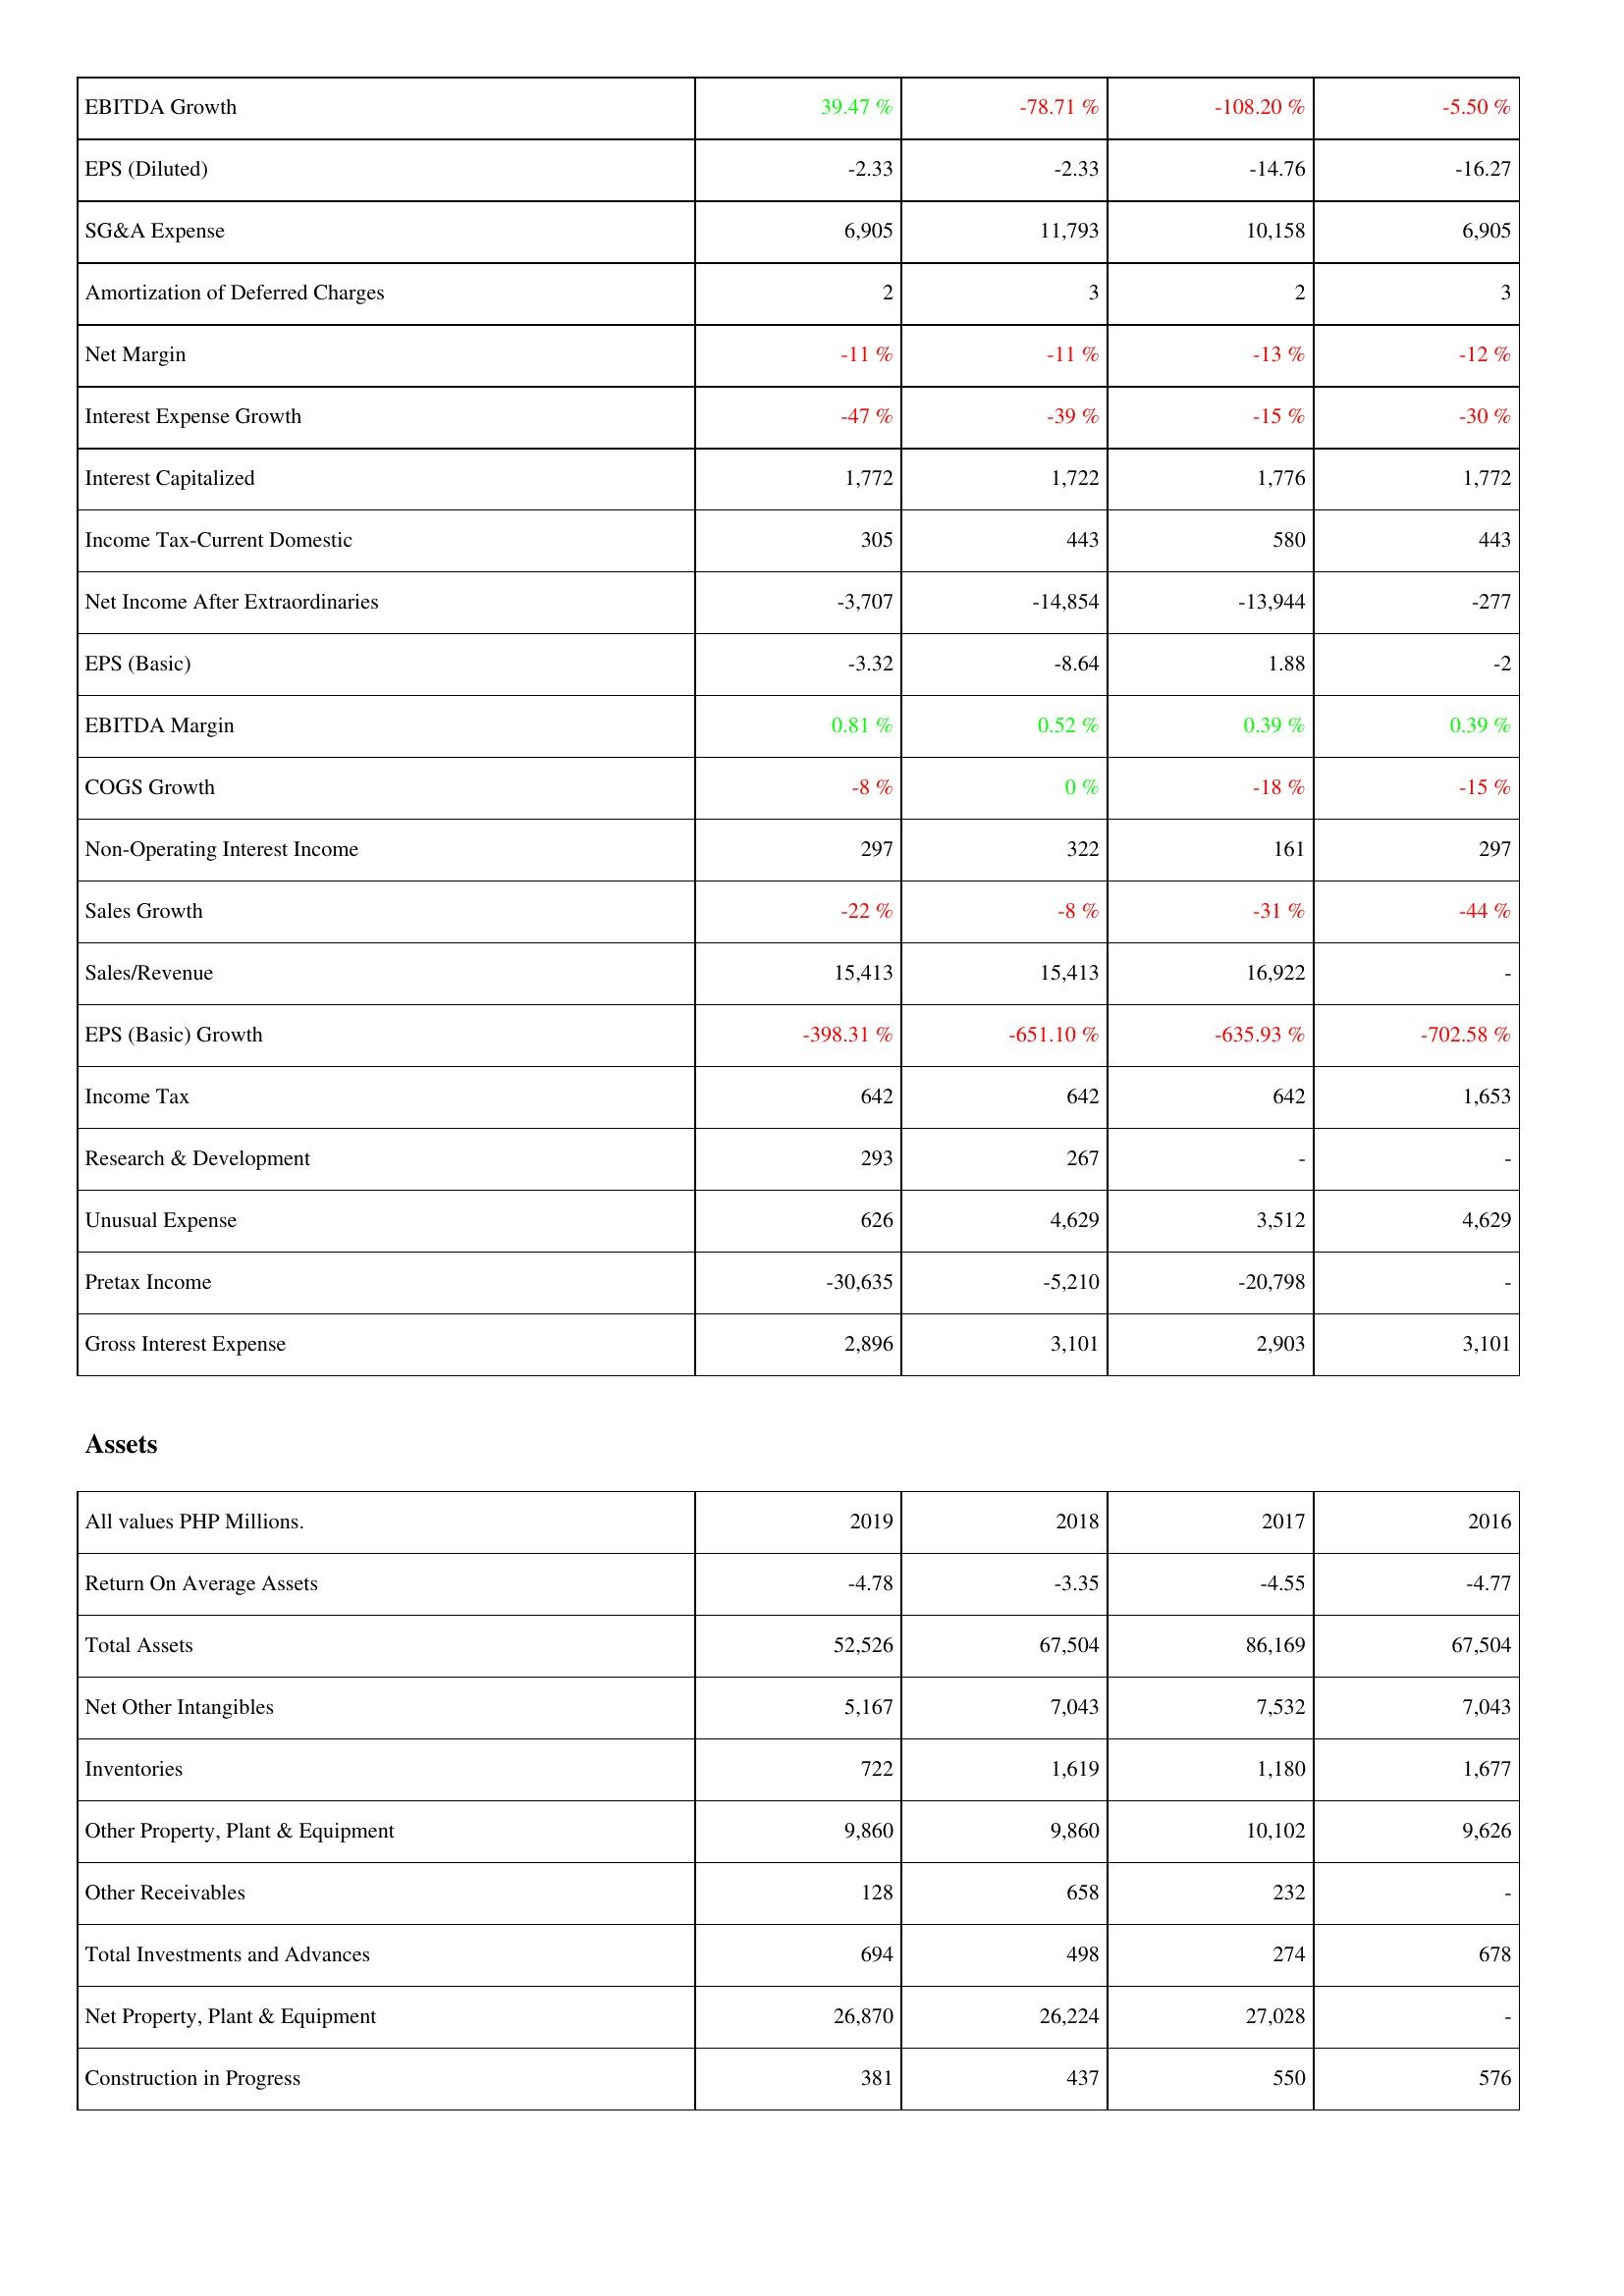
2019: Income Statement: EBITDA Growth: 39.47 %
EPS (Diluted): -2.33
SG&A Expense: 6,905
Amortization of Deferred Charges: 2
Net Margin: -11 %
Interest Expense Growth: -47 %
Interest Capitalized: 1,772
Income Tax-Current Domestic: 305
Net Income After Extraordinaries: -3,707
EPS (Basic): -3.32
EBITDA Margin: 0.81 %
COGS Growth: -8 %
Non-Operating Interest Income: 297
Sales Growth: -22 %
Sales/Revenue: 15,413
EPS (Basic) Growth: -398.31 %
Income Tax: 642
Research & Development: 293
Unusual Expense: 626
Pretax Income: -30,635
Gross Interest Expense: 2,896
Assets: Return On Average Assets: -4.78
Total Assets: 52,526
Net Other Intangibles: 5,167
Inventories: 722
Other Property, Plant & Equipment: 9,860
Other Receivables: 128
Total Investments and Advances: 694
Net Property, Plant & Equipment: 26,870
Construction in Progress: 381
2018: Income Statement: EBITDA Growth: -78.71 %
EPS (Diluted): -2.33
SG&A Expense: 11,793
Amortization of Deferred Charges: 3
Net Margin: -11 %
Interest Expense Growth: -39 %
Interest Capitalized: 1,722
Income Tax-Current Domestic: 443
Net Income After Extraordinaries: -14,854
EPS (Basic): -8.64
EBITDA Margin: 0.52 %
COGS Growth: 0 %
Non-Operating Interest Income: 322
Sales Growth: -8 %
Sales/Revenue: 15,413
EPS (Basic) Growth: -651.10 %
Income Tax: 642
Research & Development: 267
Unusual Expense: 4,629
Pretax Income: -5,210
Gross Interest Expense: 3,101
Assets: Return On Average Assets: -3.35
Total Assets: 67,504
Net Other Intangibles: 7,043
Inventories: 1,619
Other Property, Plant & Equipment: 9,860
Other Receivables: 658
Total Investments and Advances: 498
Net Property, Plant & Equipment: 26,224
Construction in Progress: 437
2017: Income Statement: EBITDA Growth: -108.20 %
EPS (Diluted): -14.76
SG&A Expense: 10,158
Amortization of Deferred Charges: 2
Net Margin: -13 %
Interest Expense Growth: -15 %
Interest Capitalized: 1,776
Income Tax-Current Domestic: 580
Net Income After Extraordinaries: -13,944
EPS (Basic): 1.88
EBITDA Margin: 0.39 %
COGS Growth: -18 %
Non-Operating Interest Income: 161
Sales Growth: -31 %
Sales/Revenue: 16,922
EPS (Basic) Growth: -635.93 %
Income Tax: 642
Research & Development: -
Unusual Expense: 3,512
Pretax Income: -20,798
Gross Interest Expense: 2,903
Assets: Return On Average Assets: -4.55
Total Assets: 86,169
Net Other Intangibles: 7,532
Inventories: 1,180
Other Property, Plant & Equipment: 10,102
Other Receivables: 232
Total Investments and Advances: 274
Net Property, Plant & Equipment: 27,028
Construction in Progress: 550
2016: Income Statement: EBITDA Growth: -5.50 %
EPS (Diluted): -16.27
SG&A Expense: 6,905
Amortization of Deferred Charges: 3
Net Margin: -12 %
Interest Expense Growth: -30 %
Interest Capitalized: 1,772
Income Tax-Current Domestic: 443
Net Income After Extraordinaries: -277
EPS (Basic): -2
EBITDA Margin: 0.39 %
COGS Growth: -15 %
Non-Operating Interest Income: 297
Sales Growth: -44 %
Sales/Revenue: -
EPS (Basic) Growth: -702.58 %
Income Tax: 1,653
Research & Development: -
Unusual Expense: 4,629
Pretax Income: -
Gross Interest Expense: 3,101
Assets: Return On Average Assets: -4.77
Total Assets: 67,504
Net Other Intangibles: 7,043
Inventories: 1,677
Other Property, Plant & Equipment: 9,626
Other Receivables: -
Total Investments and Advances: 678
Net Property, Plant & Equipment: -
Construction in Progress: 576